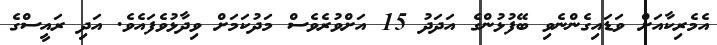
އެމެރިކާއަށް ވަޑައިގެންނެވި ބޭފުޅުންގެ އަދަދު 15 އަށްވުރެވެސް މަދުކަމަށް ވިދާޅުވެފައެވެ. އަދި ރައީސްގެ